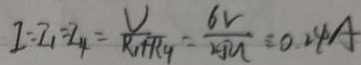
I = I _ { 1 } = I _ { 4 } = \frac { V } { R _ { 1 } + R _ { 4 } } = \frac { 6 V } { 2 5 \Omega } = 0 . 2 4 A